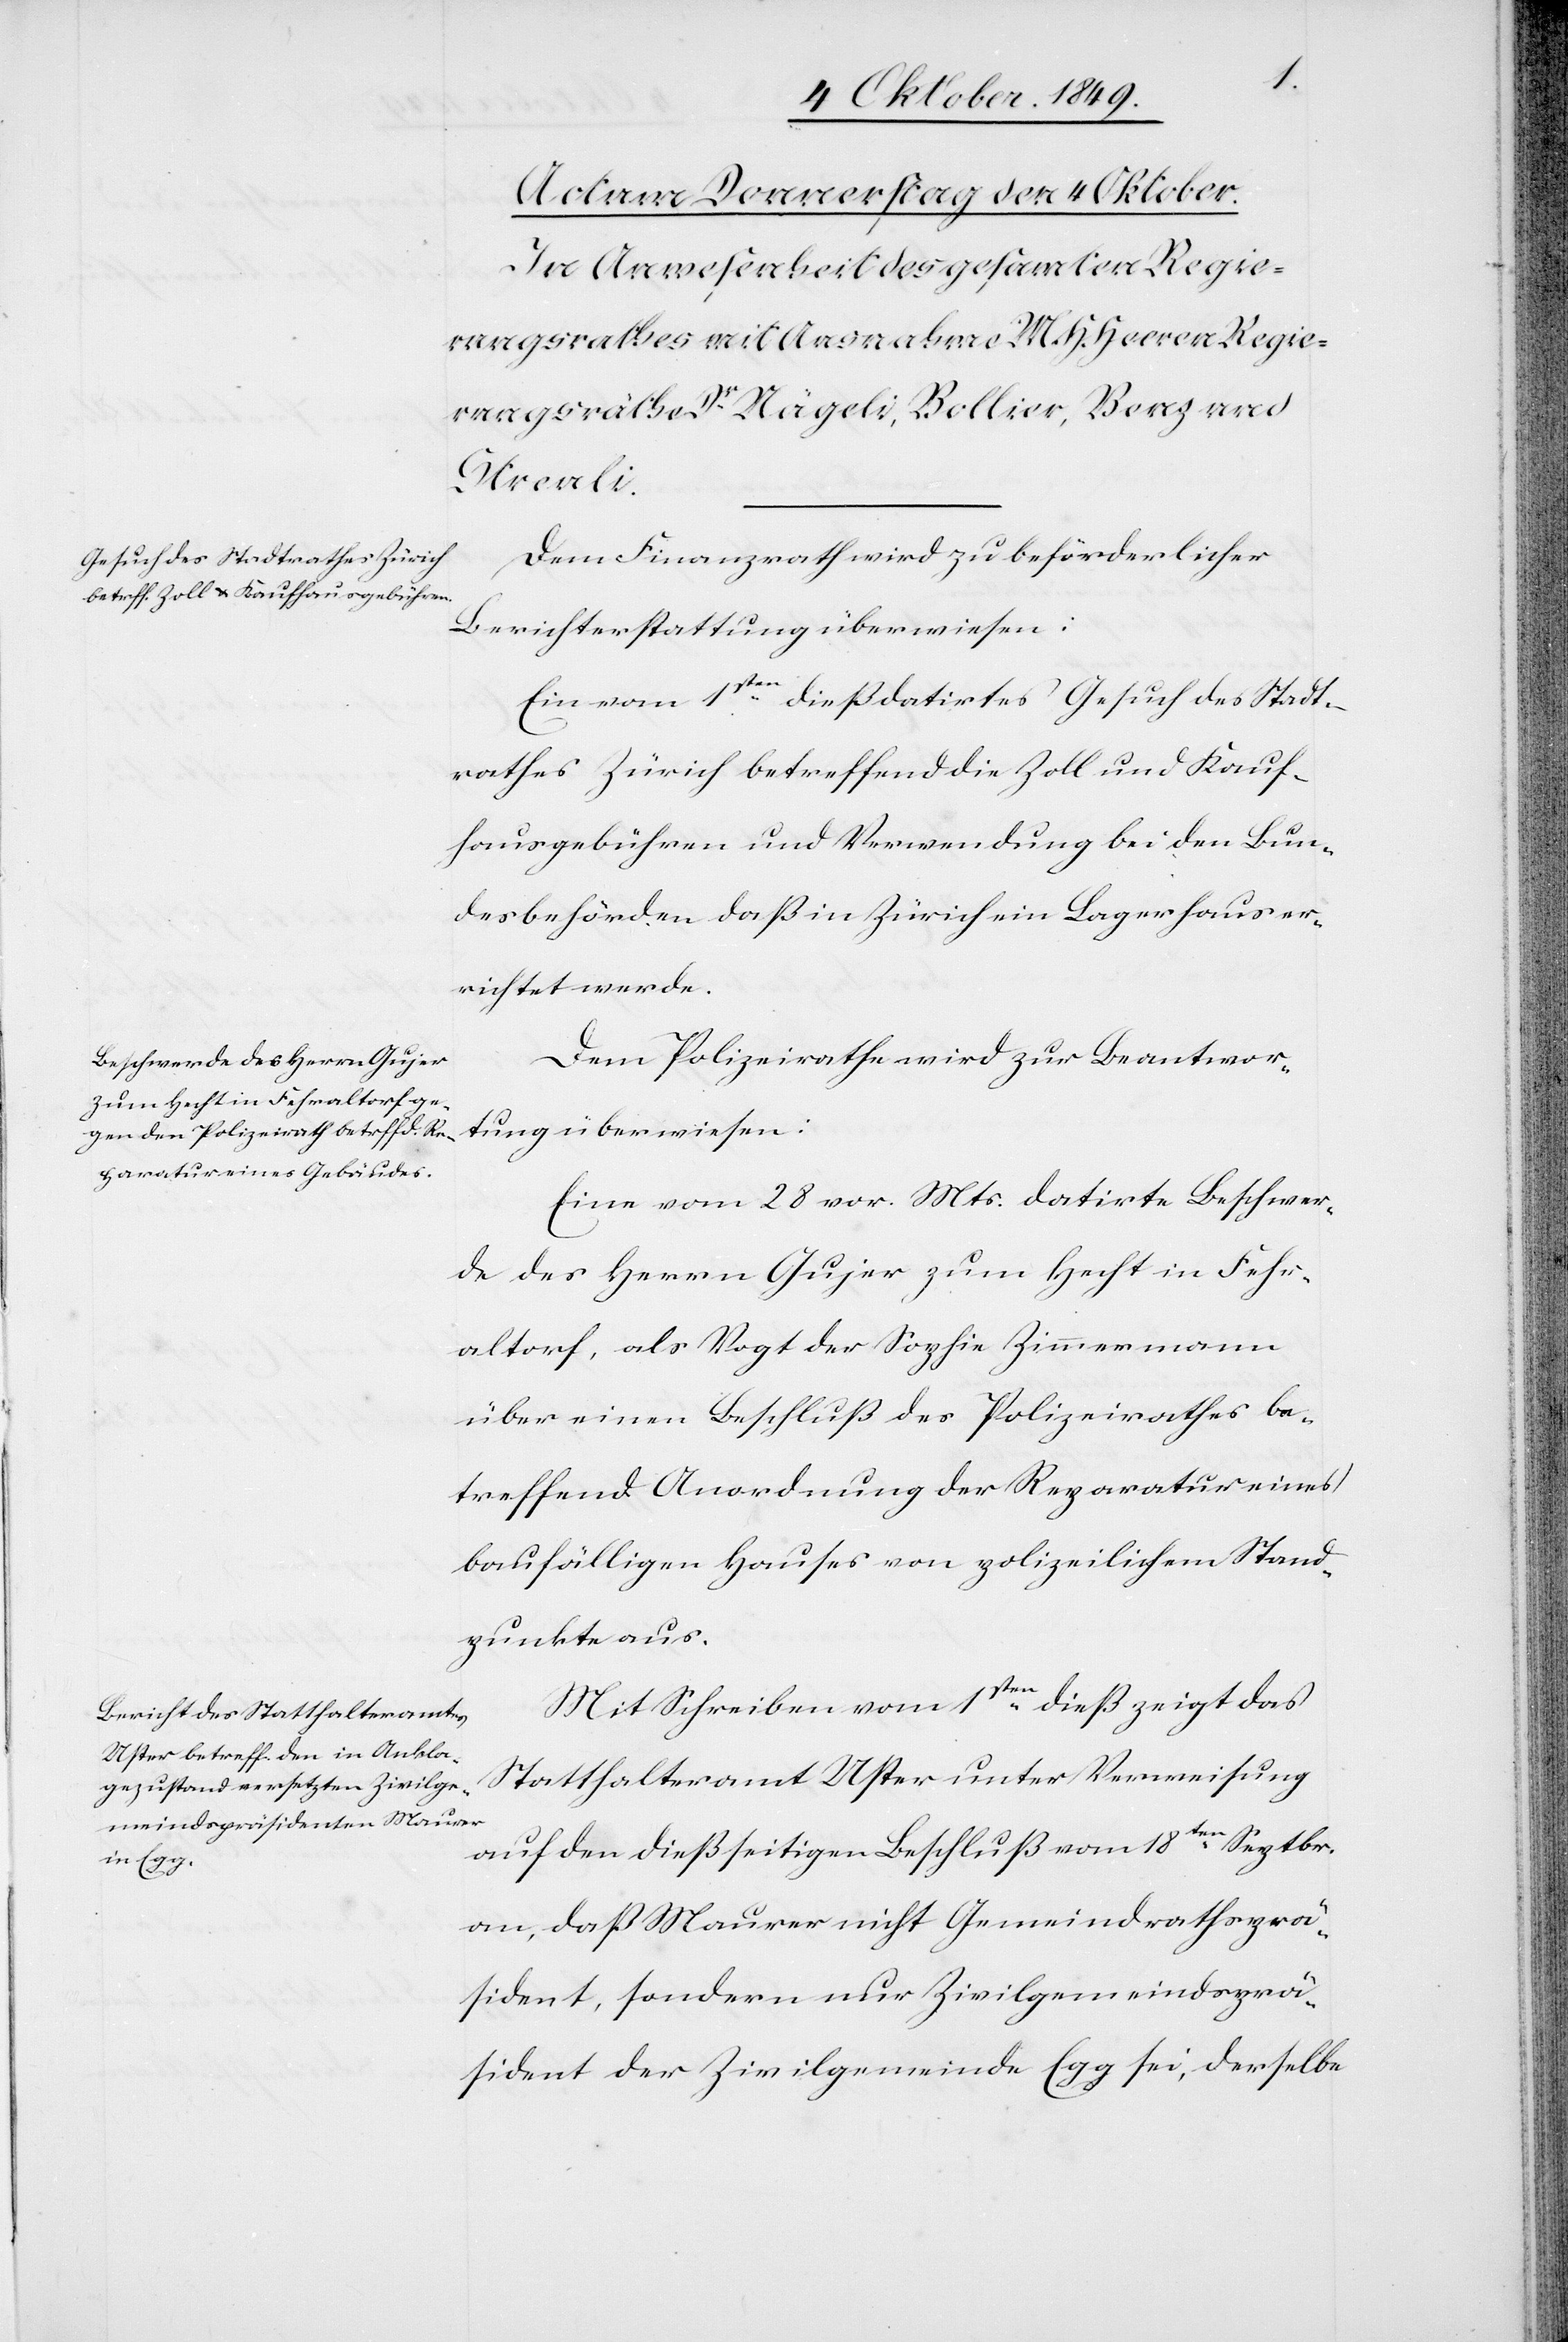
Dem Finanzrath wird zu beförderlicher
Berichterstattung überwiesen:
Ein vom 1ten dieß datirtes Gesuch des Stadt¬
rathes Zürich betreffend die Zoll und Kauf¬
hausgebühren und Verwendung bei den Bun¬
desbehörden daß in Zürich ein Lagerhaus er¬
richtet werde.
Dem Polizeirathe wird zur Beantwor¬
tung überwiesen:
Eine vom 28 vor. Mts. datirte Beschwer¬
de des Herrn Gujer zum Hecht in Fehr¬
altorf, als Vogt der Sophie Zimmermann
über einen Beschluß des Polizeirathes be¬
treffend Anordnung der Reparatur eines
baufälligen Hauses von polizeilichem Stand¬
punkte aus.
Mit Schreiben vom 1ten dieß zeigt das
Statthalteramt Uster unter Verweisung
auf den dießseitigen Beschluß vom 18ten Septbr.
an, daß Maurer nicht Gemeindrathsprä¬
sident, sondern nur Zivilgemeindsprä¬
sident der Zivilgemeinde Egg sei, derselbe